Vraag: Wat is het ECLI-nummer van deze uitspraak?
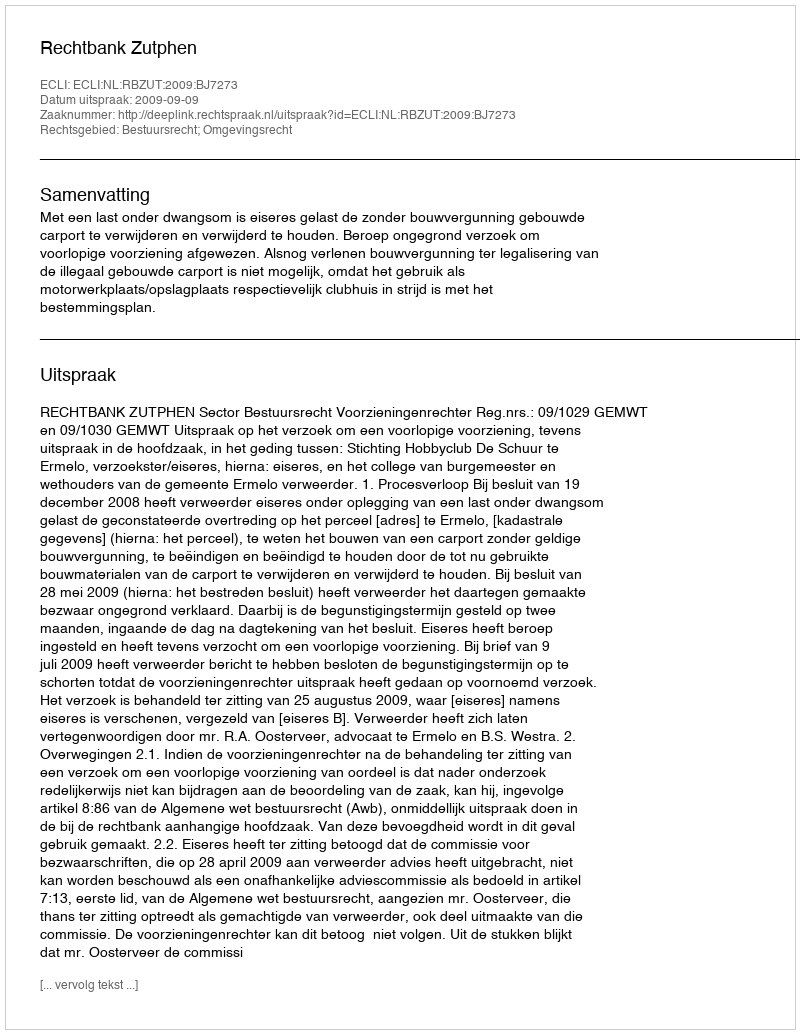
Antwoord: ECLI:NL:RBZUT:2009:BJ7273